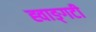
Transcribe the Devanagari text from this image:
ह्वाङ्‌गटी